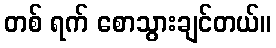
တစ် ရက် စောသွားချင်တယ်။